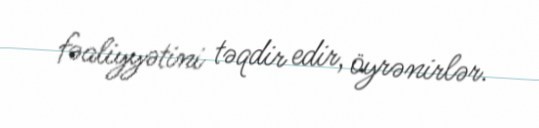
fəaliyyətini təqdir edir, öyrənirlər.